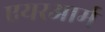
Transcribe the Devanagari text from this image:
एयरआर्म